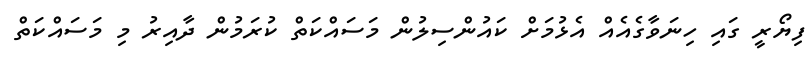
ފިޔޯރީ ގައި ހިނަވާގެއެއް އެޅުމަށް ކައުންސިލުން މަސައްކަތް ކުރަމުން ދާއިރު މި މަސައްކަތް